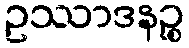
ဥဿာဒနဉ္စ